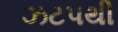
ઝટપથી